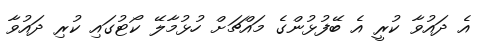
އެ ދައުވާ ކުރީ އެ ބޭފުޅުންގެ މައްޗަށް ހުޅުމާލޭ ކޯޓުގައި ކުރި ދައުވާ